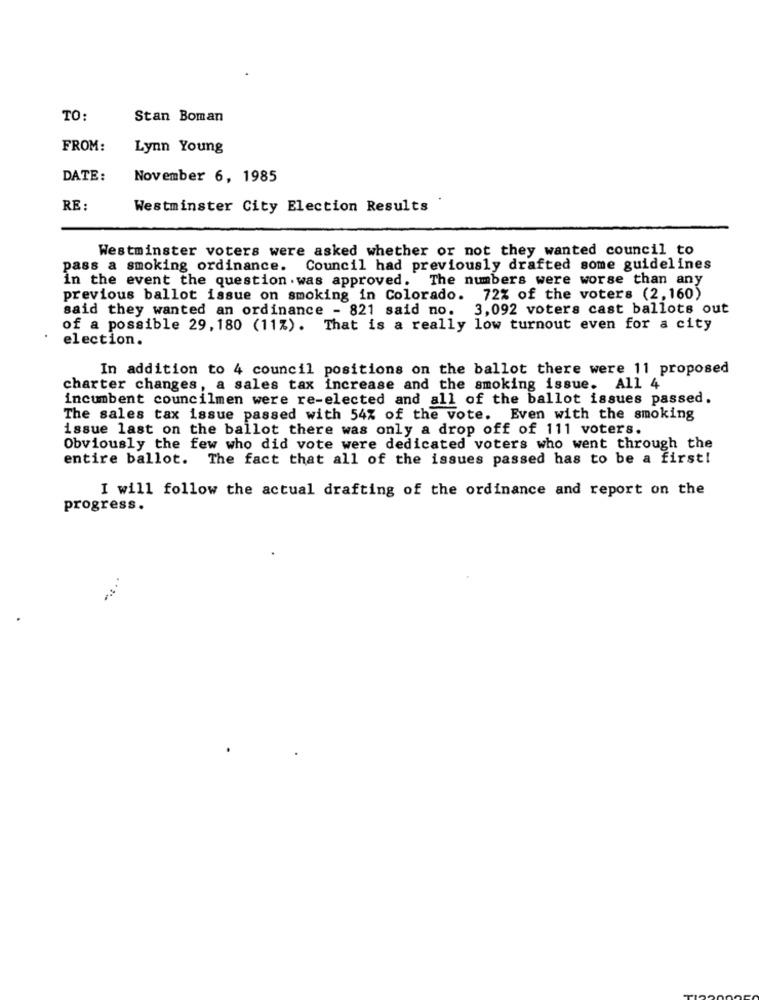
TO:
Stan Boman
FROM:
Lynn Young
DATE:
November 6, 1985
RE:
Westminster City Election Results
Westminster voters were asked whether or not they wanted council to
pass a smoking ordinance. Council had previously drafted some guidelines
in the event the question . was approved. The numbers were worse than any
previous ballot issue on smoking in Colorado.
72% of the voters (2,160)
said they wanted an ordinance - 821 said no. 3,092 voters cast ballots out
of a possible 29, 180 (11%). That is a really low turnout even for a city
election.
In addition to 4 council positions on the ballot there were 11 proposed
charter changes, a sales tax increase and the smoking issue. All 4
incumbent councilmen were re-elected and all of the ballot issues passed.
The sales tax issue passed with 54% of the vote. Even with the smoking
issue last on the ballot there was only a drop off of 111 voters.
Obviously the few who did vote were dedicated voters who went through the
entire ballot. The fact that all of the issues passed has to be a first!
I will follow the actual drafting of the ordinance and report on the
progress.